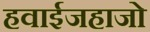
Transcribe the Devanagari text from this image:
हवाईजहाजो